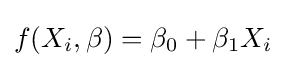
f(X_{i},\beta )=\beta _{0}+\beta _{1}X_{i}